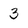
Character: 3